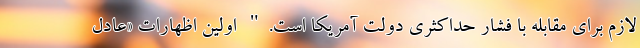
لازم برای مقابله با فشار حداکثری دولت آمریکا است." اولین اظهارات «عادل